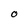
Character: O